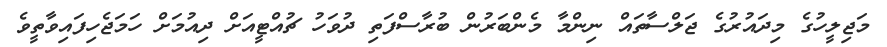
މަޖިލީހުގެ މިދައުރުގެ ޖަލްސާތައް ނިންމާ މެންބަރުން ބުރާސްފަތި ދުވަހު ޗުއްޓީއަށް ދިއުމަށް ހަމަޖެހިފައިވާތީވެ